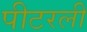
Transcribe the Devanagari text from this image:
पीटरली